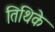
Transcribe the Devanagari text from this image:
तिथिके